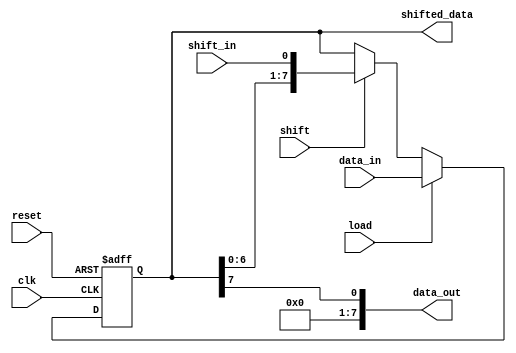
module parameterized_shift_register #(
    parameter WIDTH = 8  // Parameter to define the width of the shift register
)(
    input wire clk,                // Clock signal
    input wire reset,              // Asynchronous reset signal
    input wire [WIDTH-1:0] data_in, // Data input for parallel loading
    input wire shift_in,           // Serial input for shifting
    input wire load,               // Control signal to enable parallel loading
    input wire shift,              // Control signal to enable shifting
    output reg [WIDTH-1:0] data_out, // Serial output data
    output reg [WIDTH-1:0] shifted_data // Parallel output data
);

    reg [WIDTH-1:0] shift_reg;    // Internal shift register

    always @(posedge clk or posedge reset) begin
        if (reset) begin
            shift_reg <= {WIDTH{1'b0}}; // Clear the register on reset
        end else begin
            if (load) begin
                shift_reg <= data_in; // Load data in parallel
            end else if (shift) begin
                shift_reg <= {shift_reg[WIDTH-2:0], shift_in}; // Shift right
            end
        end
    end

    // Assign outputs
    always @(*) begin
        data_out = shift_reg[WIDTH-1]; // Serial output (MSB)
        shifted_data = shift_reg;       // Parallel output
    end

endmodule